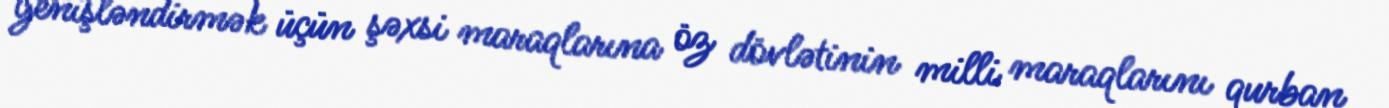
genişləndirmək üçün şəxsi maraqlarına öz dövlətinin milli maraqlarını qurban